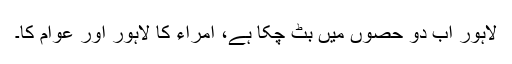
لاہور اب دو حصوں میں بٹ چکا ہے، امراء کا لاہور اور عوام کا۔